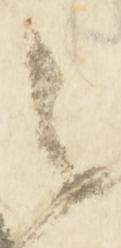
之